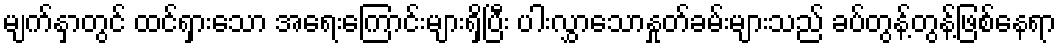
မျက်နှာတွင် ထင်ရှားသော အရေးကြောင်းများရှိပြီး ပါးလွှာသောနှုတ်ခမ်းများသည် ခပ်တွန့်တွန့်ဖြစ်နေရာ